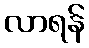
လာရန်